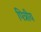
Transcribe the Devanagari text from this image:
पित्रीय